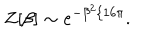
Z [ \beta ] \sim e ^ { - \beta ^ { 2 } / 1 6 \pi } .